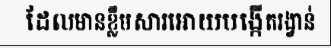
ដែលមានខ្លឹមសារអោយបង្កើតរង្វាន់